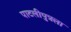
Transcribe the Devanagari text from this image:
पाटलीपुत्रला